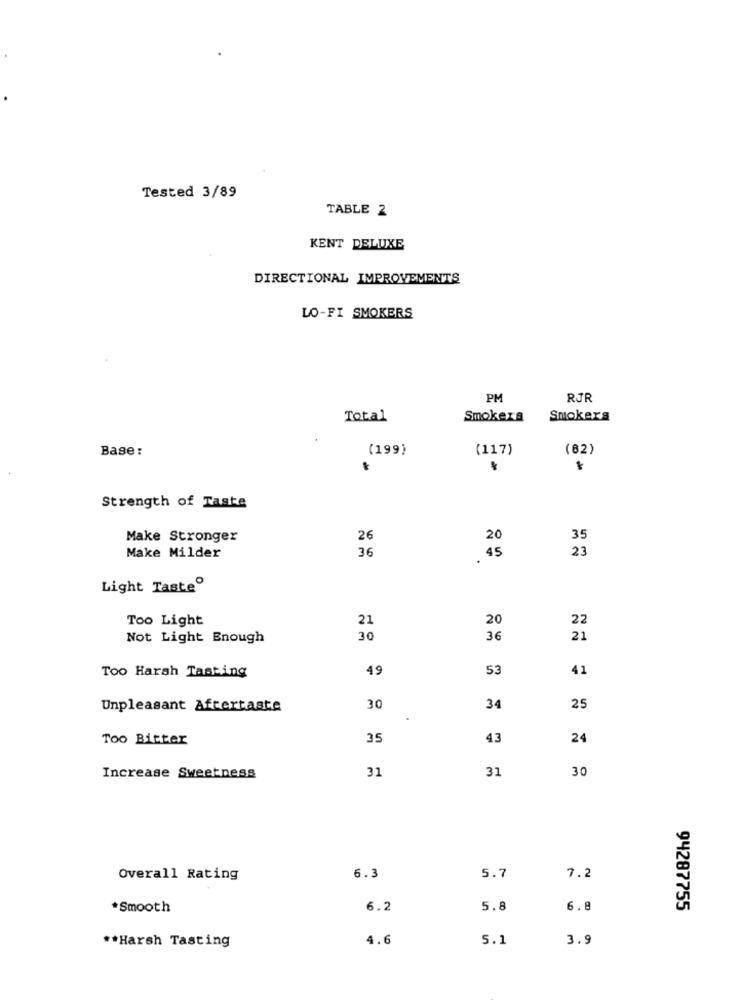
Tested 3/89
TABLE 2
KENT DELUXE
DIRECTIONAL IMPROVEMENTS
LO-FI SMOKERS
PM
RJR
Total
Smokers
Smokers
Base:
(199)
(117)
(82)
Strength of Taste
Make Stronger
26
20
35
Make Milder
36
23
45
Light Tasteº
Too Light
21
20
22
Not Light Enough
30
36
21
Too Harsh Tasting
49
53
41
Unpleasant Aftertaste
30
34
25
Too Bitter
35
43
24
31
31
30
Increase Sweetness
Overall Rating
6.3
5.7
7.2
*Smooth
6.2
5.8
6.8
94287755
4.6
5.1
3.9
** Harsh Tasting